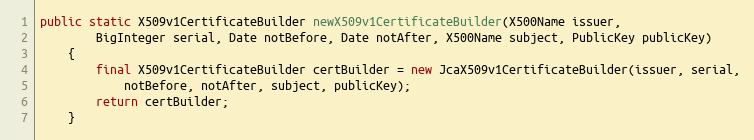
Language: Java
public static X509v1CertificateBuilder newX509v1CertificateBuilder(X500Name issuer,
		BigInteger serial, Date notBefore, Date notAfter, X500Name subject, PublicKey publicKey)
	{
		final X509v1CertificateBuilder certBuilder = new JcaX509v1CertificateBuilder(issuer, serial,
			notBefore, notAfter, subject, publicKey);
		return certBuilder;
	}